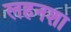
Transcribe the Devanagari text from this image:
लहनशा